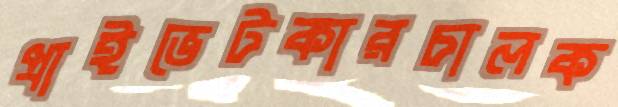
প্রাইভেটকারচালক